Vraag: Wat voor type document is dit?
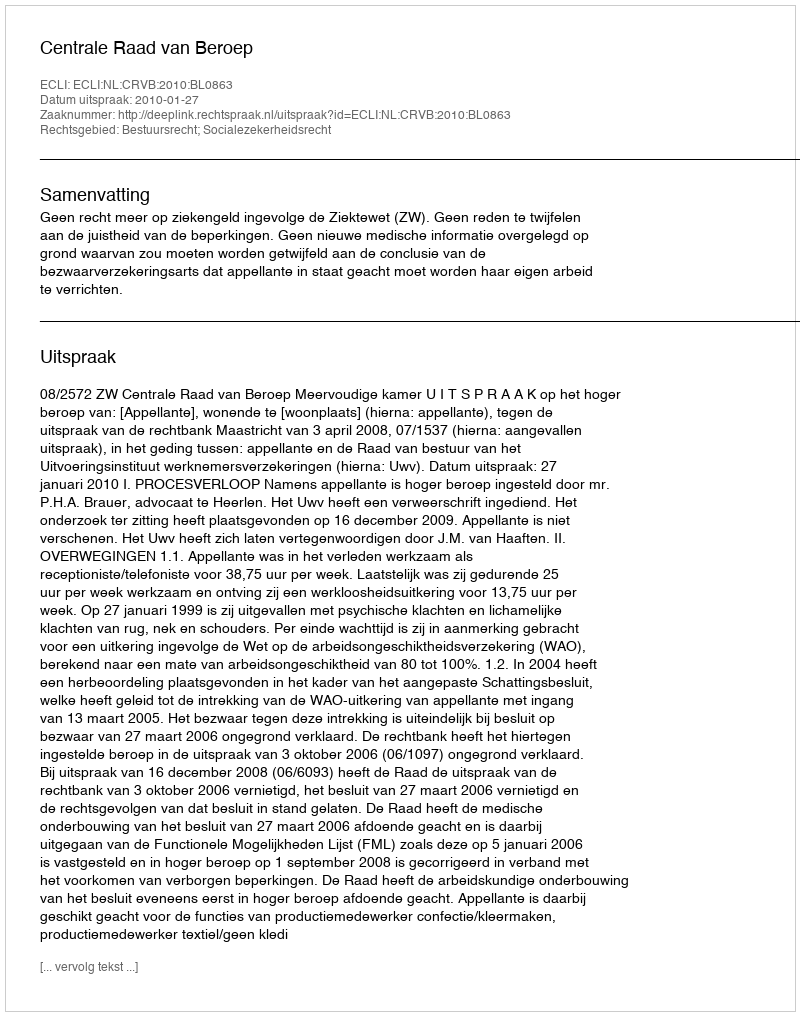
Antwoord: Uitspraak